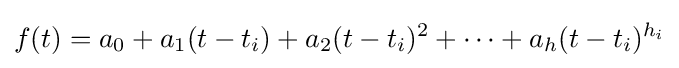
f(t)=a_{0}+a_{1}(t-t_{i})+a_{2}(t-t_{i})^{2}+\cdots +a_{h}(t-t_{i})^{h_{i}}